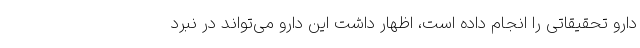
دارو تحقیقاتی را انجام داده است، اظهار داشت این دارو می‌تواند در نبرد